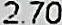
2.70